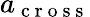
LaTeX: a_{\mathrm{~c~r~o~s~s~}}